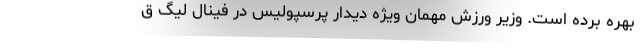
بهره برده است. وزیر ورزش مهمان ویژه دیدار پرسپولیس در فینال لیگ ق